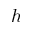
h